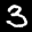
Label: 3